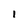
Character: l